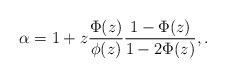
LaTeX: \begin{align*}\alpha=1+z\frac{\Phi(z)}{\phi(z)} \frac{1-\Phi(z)}{1-2\Phi(z)},.\end{align*}